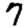
Digit: 7